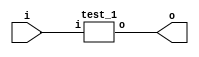
// This program was cloned from: https://github.com/TeamVoss/VossII
// License: Apache License 2.0

module test (
    input wire [7 : 0] i,
    output wire [7 : 0] o
);
test_1 anon_1(.i(i[7:0]), .o(o[7:0]));
endmodule
module test_1 (
    input wire [7 : 0] i,
    output wire [7 : 0] o
);
m_1_1 anon_1_1(.i(i[7:0]), .o(o[7:0]));
endmodule
module m_1_1 (
    input wire [7 : 0] i,
    output wire [7 : 0] o
);
draw_binary_arithm__1_1_1 anon_1_1_1(.i(i[7:0]), ._tmp(o[7:0]));
endmodule
module draw_binary_arithm__1_1_1 (
    input wire [7 : 0] i,
    output wire [7 : 0] _tmp
);
assign _tmp = (i[7:0]) + (i[7:0]);
endmodule